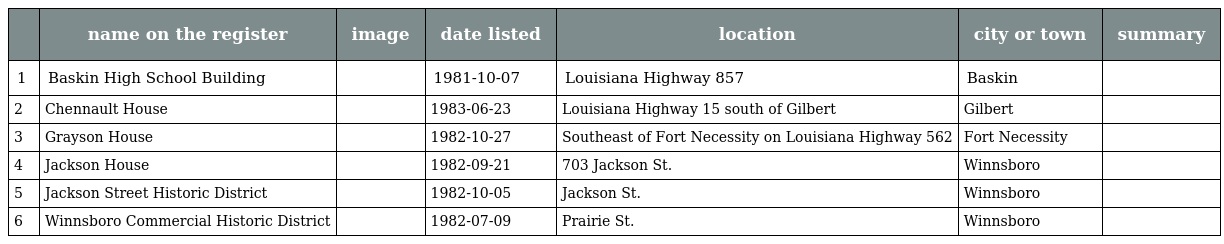
|  | name on the register | image | date listed | location | city or town | summary |
 | --- | --- | --- | --- | --- | --- | --- |
 | 1 | Baskin High School Building |  | 1981-10-07 | Louisiana Highway 857 | Baskin |  |
 | 2 | Chennault House |  | 1983-06-23 | Louisiana Highway 15 south of Gilbert | Gilbert |  |
 | 3 | Grayson House |  | 1982-10-27 | Southeast of Fort Necessity on Louisiana Highway 562 | Fort Necessity |  |
 | 4 | Jackson House |  | 1982-09-21 | 703 Jackson St. | Winnsboro |  |
 | 5 | Jackson Street Historic District |  | 1982-10-05 | Jackson St. | Winnsboro |  |
 | 6 | Winnsboro Commercial Historic District |  | 1982-07-09 | Prairie St. | Winnsboro |  |